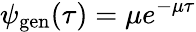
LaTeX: \psi_{\mathrm{gen}}(\tau)=\mu e^{-\mu\tau}